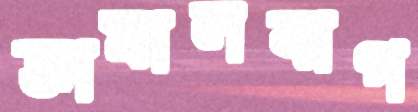
জামালবাগ